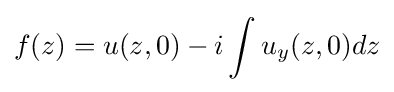
f(z)=u(z,0)-i\int u_{y}(z,0)dz